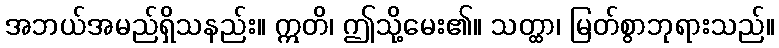
အဘယ်အမည်ရှိသနည်း။ ဣတိ၊ ဤသို့မေး၏။ သတ္ထာ၊ မြတ်စွာဘုရားသည်။